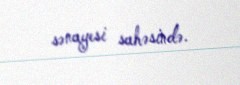
sənayesi sahəsində.